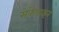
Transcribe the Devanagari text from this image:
सेकेंडाइन